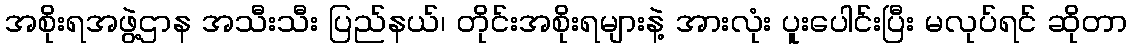
အစိုးရအဖွဲ့ဌာန အသီးသီး ပြည်နယ်၊ တိုင်းအစိုးရများနဲ့ အားလုံး ပူးပေါင်းပြီး မလုပ်ရင် ဆိုတာ